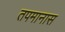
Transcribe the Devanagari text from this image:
तपमानास